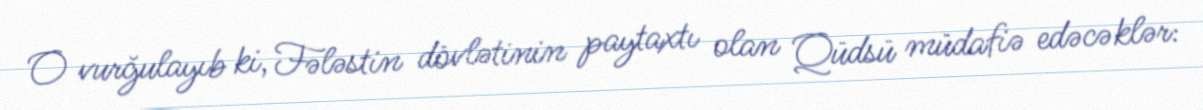
O vurğulayıb ki, Fələstin dövlətinin paytaxtı olan Qüdsü müdafiə edəcəklər: